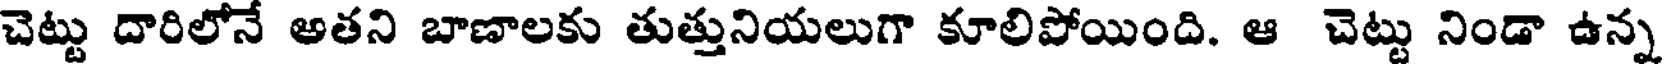
చెట్టు దారిలోనే అతని బాణాలకు తుత్తునియలుగా కూలిపోయింది. ఆ చెట్టు నిండా ఉన్న